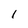
Character: I